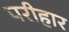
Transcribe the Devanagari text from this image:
परीहार